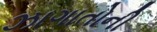
ઝાગાતોની